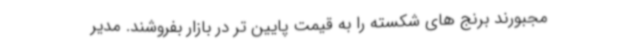
مجبورند برنج های شکسته را به قیمت پایین تر در بازار بفروشند. مدیر